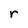
Character: r